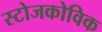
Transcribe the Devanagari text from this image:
स्टोजकोविक